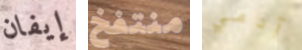
إيفان منتفخ آدمي